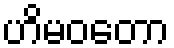
ဟိမဝတော